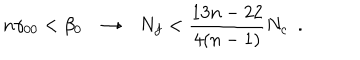
LaTeX: n \gamma _ { 0 0 } < \beta _ { 0 } \to N _ { f } < { \frac { 1 3 n - 2 2 } { 4 ( n - 1 ) } } N _ { c } ~ ~ .